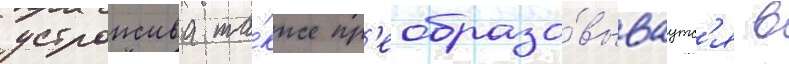
устроиства та́кже пр'еобразо́вываутс'я в